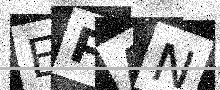
Text: EPAN